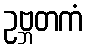
ဥဗ္ဘတကံ